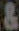
&